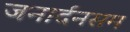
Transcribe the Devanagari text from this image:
जनार्दनसम